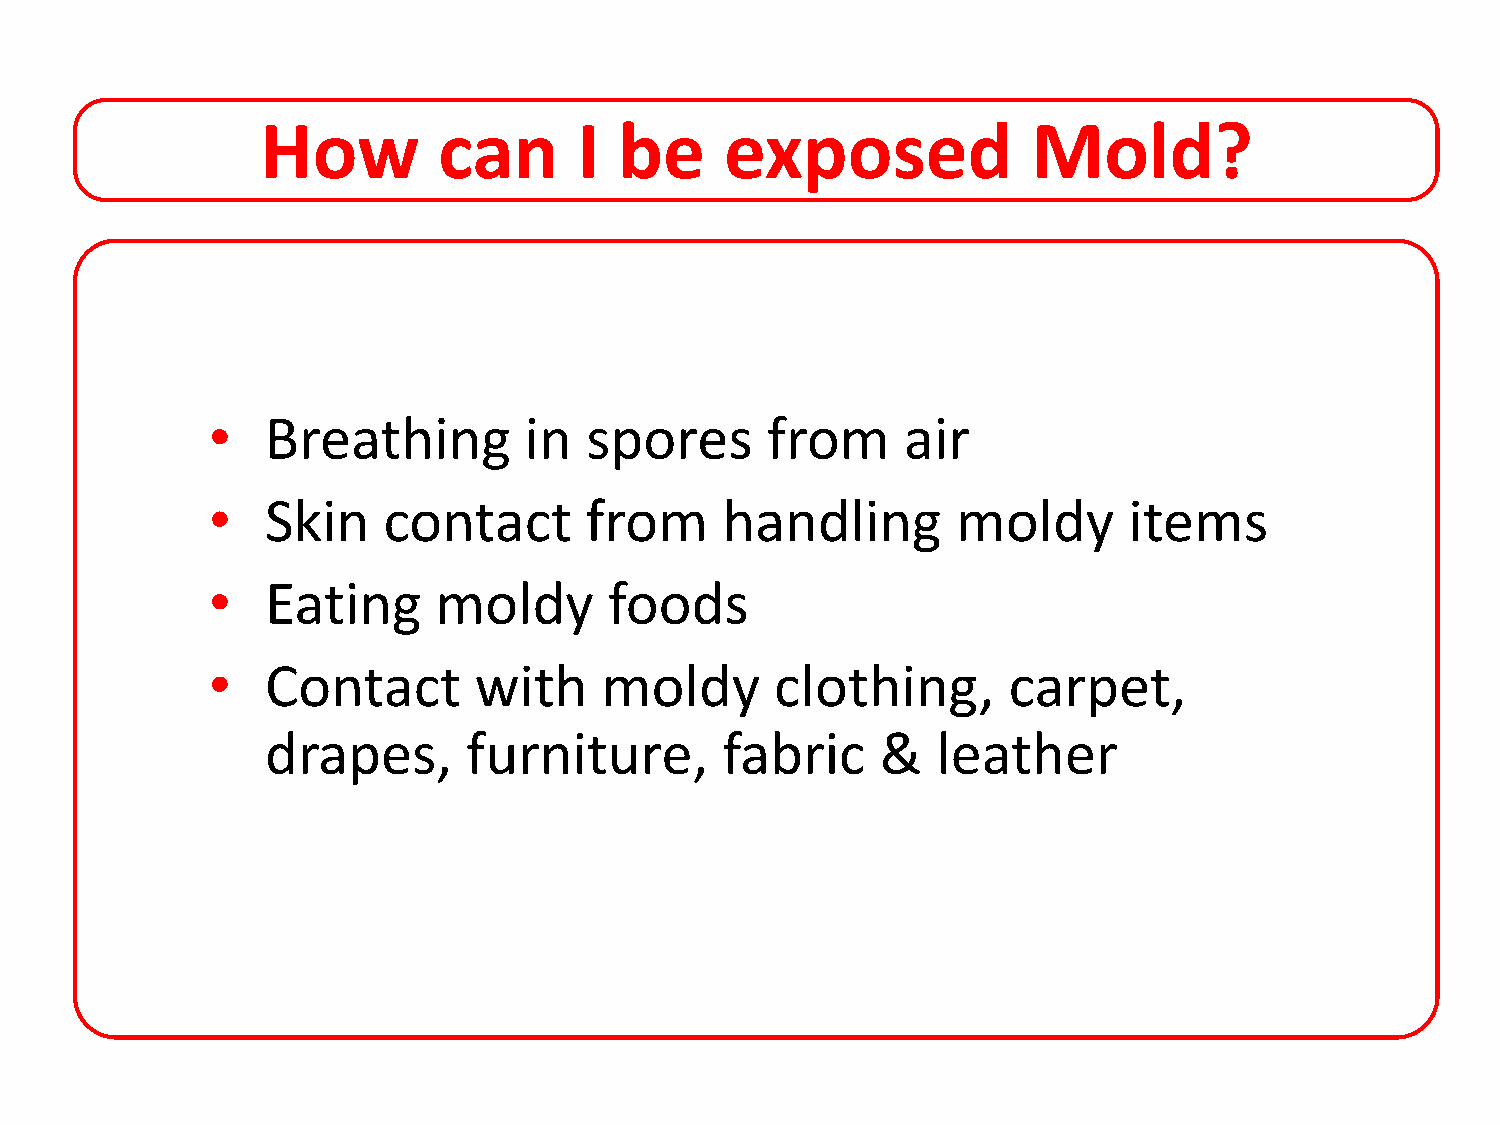
How         can      I  be     exposed             Mold?
 •   Breathing        in  spores      from     air
 •   Skin   contact       from     handling       moldy       items
 •   Eating     moldy      foods
 •   Contact      with     moldy      clothing,       carpet,
 drapes,      furniture,       fabric    &   leather